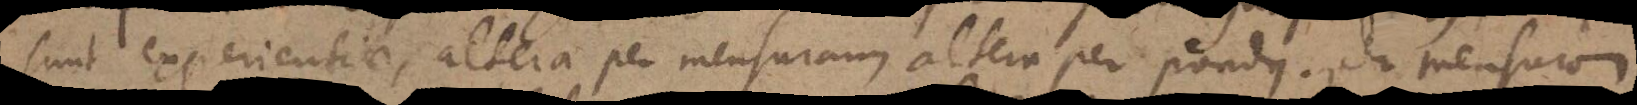
sunt experientiae, altera per mensuram, altera per pondus. Per mensuram